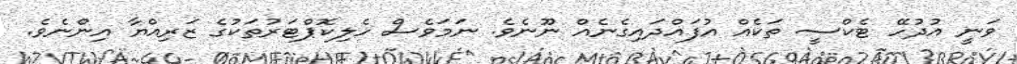
ވަނީ އުދުހޭ ޓެކްސީ ތަކެއް އުފައްދައިގެނެއް ނޫނެވެ. ނަމަވެސް ހެލިކޮޕްޓަރުތަކުގެ ޒަރިއްޔާ އިންނެވެ.